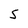
Character: 5